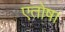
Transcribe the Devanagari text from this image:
एतोषा